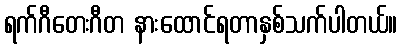
ရက်ဂီတေးဂီတ နားထောင်ရတာနှစ်သက်ပါတယ်။